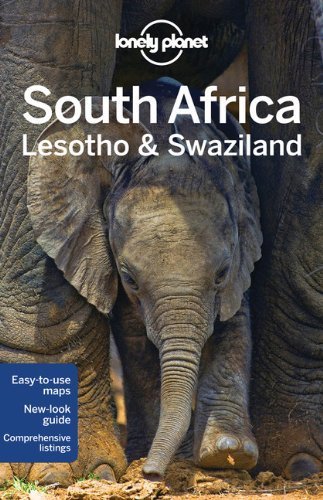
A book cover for Lonely Planet South Africa. Lesotho & Swaziland (Travel Guide) by Lonely Planet ( 2012 ) Paperback; Travel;